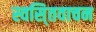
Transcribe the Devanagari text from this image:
स्वसि्तवाचन